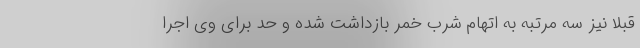
قبلاً نیز سه مرتبه به اتهام شرب خمر بازداشت شده و حد برای وی اجرا